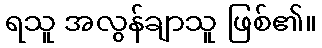
ရသူ အလွန်ချာသူ ဖြစ်၏။